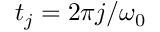
t _ { j } = 2 \pi j / \omega _ { 0 }